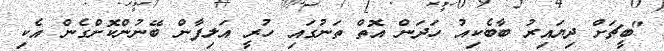
"ބީޗަށް ދިޔައިރު ބާބެކިއު ހަދަން އޮތް ތަނުގައި ހުރީ އަލިފާން ބޭނުންކޮށްގެން އެކި